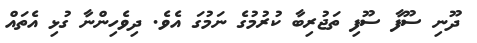
ދޫނި ސޫފާ ސޫފި ތަޖުރިބާ ކުރުމުގެ ނަމުގަ އެވެ. ދިވެހިންނާ ގުޅި އެތައް